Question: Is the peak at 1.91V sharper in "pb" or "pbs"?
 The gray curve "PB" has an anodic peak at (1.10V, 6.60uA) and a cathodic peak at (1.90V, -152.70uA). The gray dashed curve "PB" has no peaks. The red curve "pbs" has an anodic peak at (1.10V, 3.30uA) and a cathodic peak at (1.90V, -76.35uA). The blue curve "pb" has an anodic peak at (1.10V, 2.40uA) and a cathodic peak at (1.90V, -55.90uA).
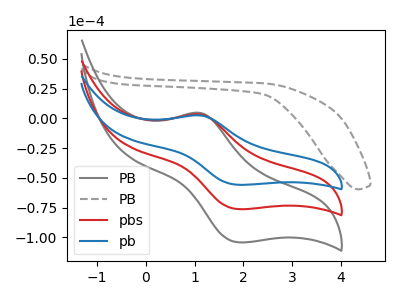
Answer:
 <answer>The peak at 1.91V is lower in "pb" than in "pbs".</answer>
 <eval>lower</eval>